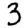
Digit: 3